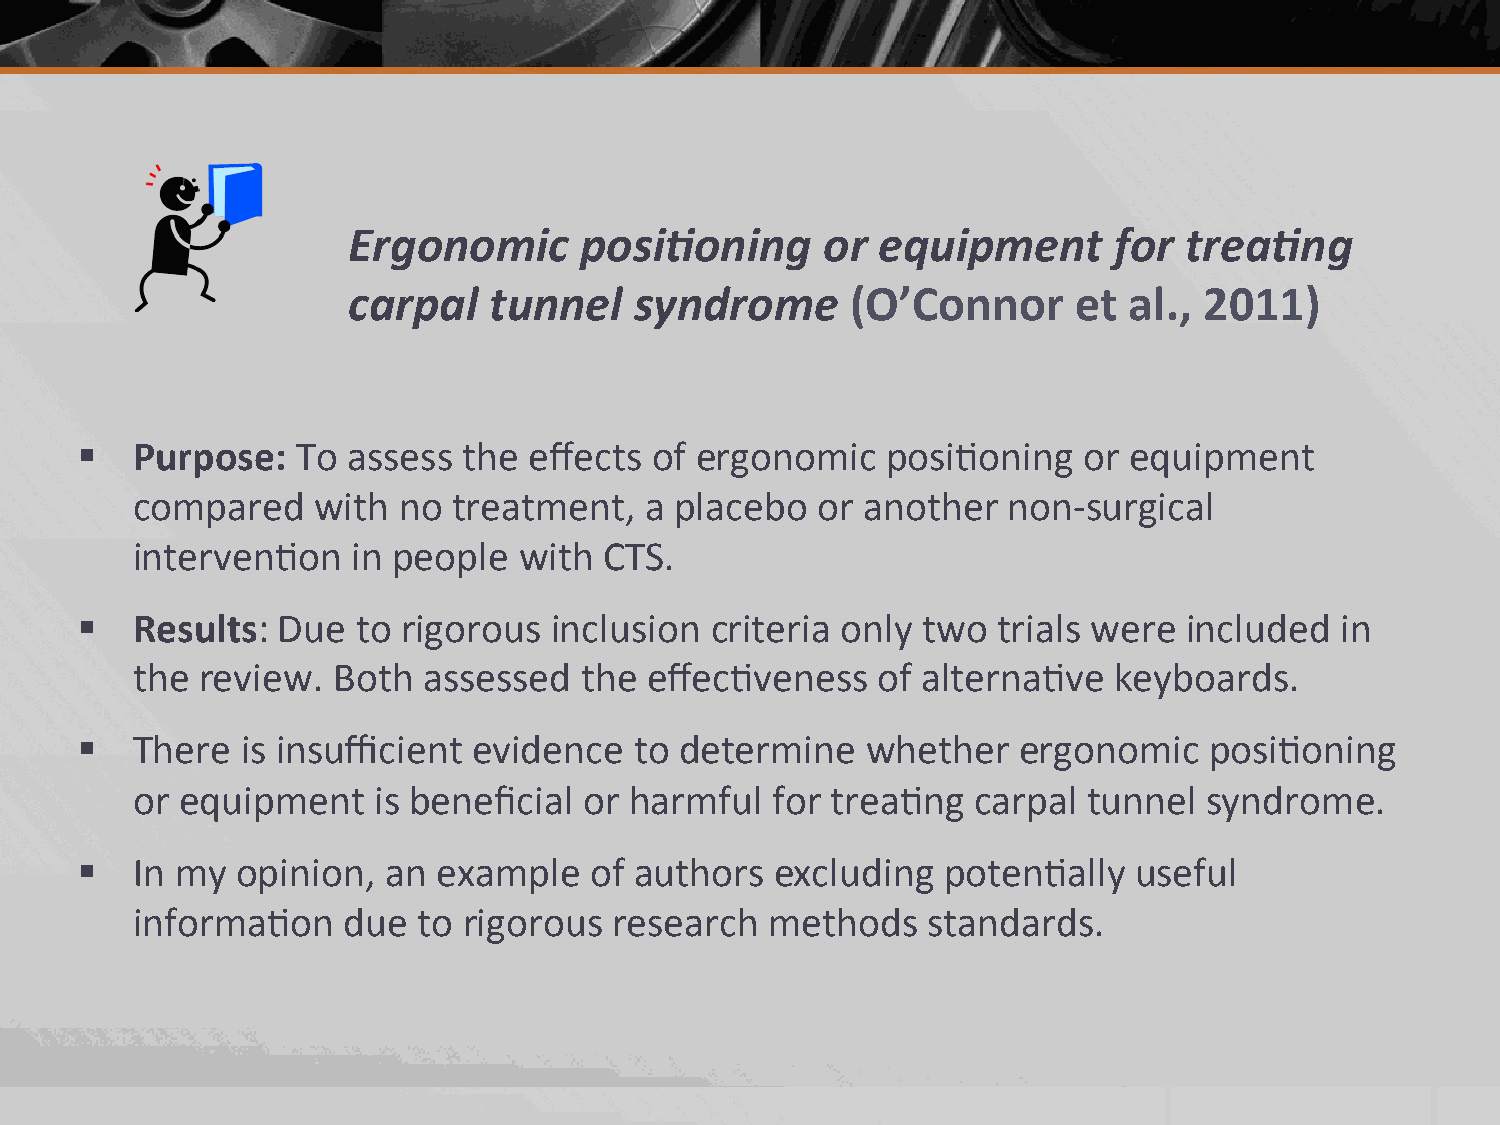
Ergonomic      posi4oning      or  equipment       for trea4ng
 carpal   tunnel    syndrome      (O’Connor      et  al., 2011)
 §  Purpose:   To assess  the effects of ergonomic    posi2oning   or equipment
 compared    with no  treatment,   a placebo  or another   non-­‐surgical
 interven2on   in people  with  CTS.
 §  Results: Due   to rigorous inclusion  criteria only two  trials were included   in
 the review.  Both  assessed  the  effec2veness   of alterna2ve   keyboards.
 §  There  is insufficient evidence  to determine   whether   ergonomic    posi2oning
 or equipment    is beneficial or harmful  for trea2ng  carpal  tunnel  syndrome.
 §  In my  opinion, an  example   of authors  excluding  poten2ally   useful
 informa2on    due  to rigorous  research  methods   standards.